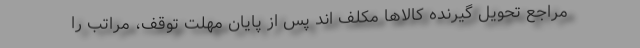
مراجع تحویل گیرنده کالاها مکلف اند پس از پایان مهلت توقف، مراتب را